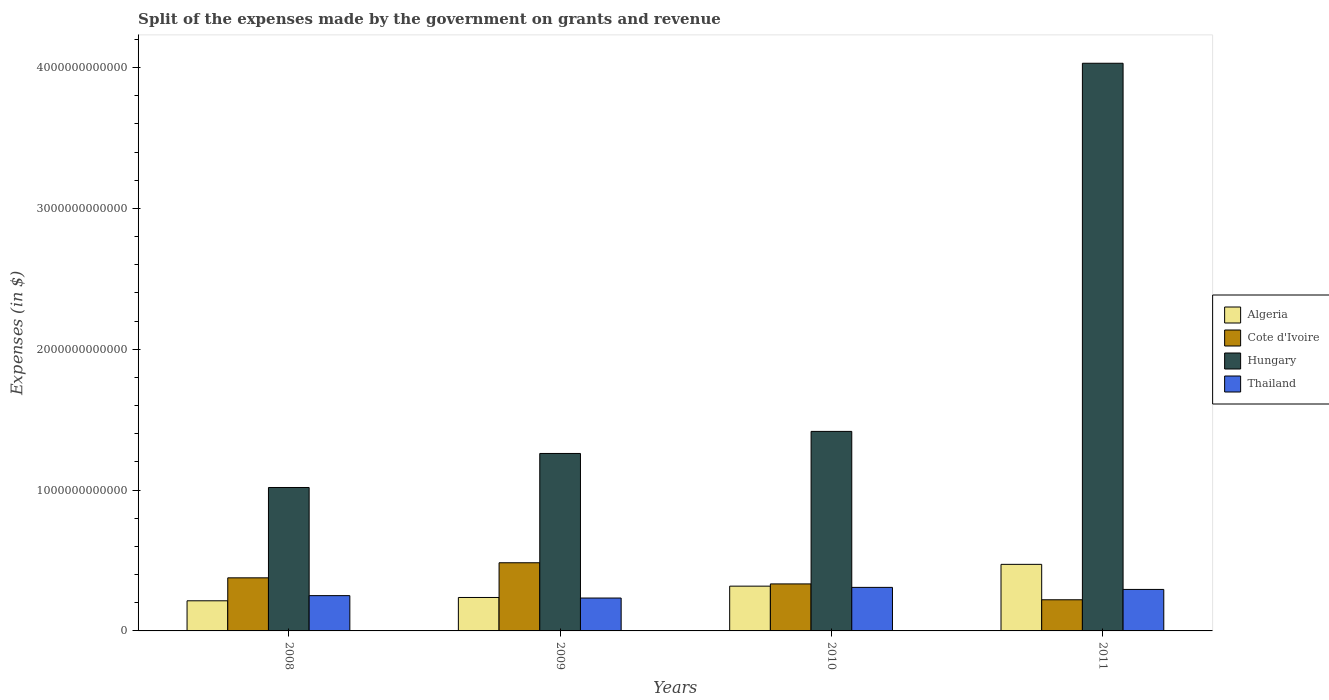
| Years | Algeria | Cote d'Ivoire | Hungary | Thailand |
 | --- | --- | --- | --- | --- |
 | 2008 | 2.14e+11 | 3.77e+11 | 1.02e+12 | 2.50e+11 |
 | 2009 | 2.37e+11 | 4.84e+11 | 1.26e+12 | 2.33e+11 |
 | 2010 | 3.18e+11 | 3.34e+11 | 1.42e+12 | 3.09e+11 |
 | 2011 | 4.73e+11 | 2.21e+11 | 4.03e+12 | 2.95e+11 |